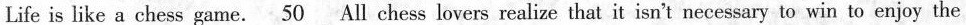
Life is like a chess game. \underline{50} All chess lovers realize that it isn't necessary to win to enjoy the